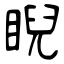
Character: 睨